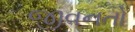
જીવનતો